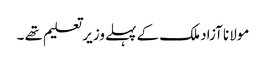
مولانا آزاد ملک کے پہلے وزیر تعلیم تھے ۔